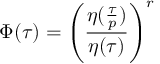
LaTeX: \Phi ( \tau ) = \left( \frac { \eta ( \frac { \tau } { p } ) } { \eta ( \tau ) } \right) ^ { r }